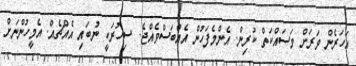
އަހަރެން ވަރަށް މަސައްކަތް ކުރިން. އެންމެފަހުން އެއްބަސްވެއްޖެ. ސިހުރަކީ ނުބައި އެއްޗެއް. އެމީހުންނަށް